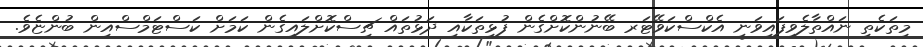
މިތަކެތި ނައްތާލެވިފައިވަނީ އެކްސްކަވޭޓަރ ބޭނުންކޮށްގެން ފުޅިތަކާއި ދަޅުތައް ޗިސްކޮށްލައިގެން ކަމަށް ކަސްޓަމްސްއިން ބުންޏެވެ.